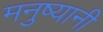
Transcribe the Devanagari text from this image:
मनुष्यानी